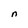
Character: n